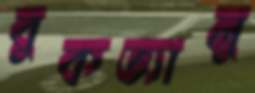
বুকভ্যালু